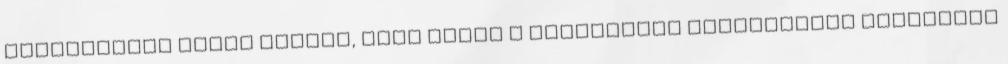
végignézett három zsidót, akik közel a halálukhoz vizsgálatot tartottak